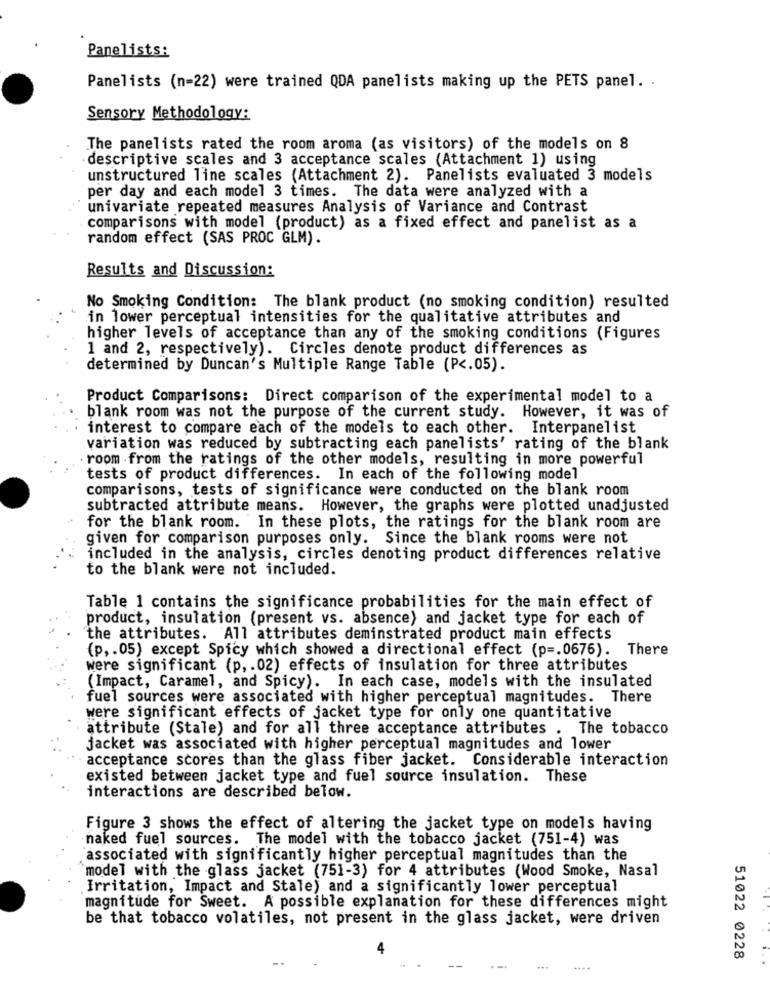
Panelists:
Panelists (n=22) were trained QDA panelists making up the PETS panel. .
Sensory Methodology:
The panelists rated the room aroma (as visitors) of the models on 8
descriptive scales and 3 acceptance scales (Attachment 1) using
unstructured line scales (Attachment 2). Panelists evaluated 3 models
per day and each model 3 times. The data were analyzed with a
univariate repeated measures Analysis of Variance and Contrast
comparisons with model (product) as a fixed effect and panelist as a
random effect (SAS PROC GLM).
Results and Discussion:
No Smoking Condition: The blank product (no smoking condition) resulted
in lower perceptual intensities for the qualitative attributes and
higher levels of acceptance than any of the smoking conditions (Figures
1 and 2, respectively). Circles denote product differences as
determined by Duncan's Multiple Range Table (P <. 05).
Product Comparisons: Direct comparison of the experimental model to a
blank room was not the purpose of the current study. However, it was of
interest to compare each of the models to each other. Interpanelist
variation was reduced by subtracting each panelists' rating of the blank
. room .from the ratings of the other models, resulting in more powerful
tests of product differences. In each of the following model
comparisons, tests of significance were conducted on the blank room
subtracted attribute means. However, the graphs were plotted unadjusted
for the blank room. In these plots, the ratings for the blank room are
given for comparison purposes only. Since the blank rooms were not
included in the analysis, circles denoting product differences relative
to the blank were not included.
Table 1 contains the significance probabilities for the main effect of
product, insulation (present vs. absence) and jacket type for each of
the attributes. All attributes deminstrated product main effects
(p, . 05) except Spicy which showed a directional effect (p =. 0676). There
were significant (p, . 02) effects of insulation for three attributes
(Impact, Caramel, and Spicy). In each case, models with the insulated
fuel sources were associated with higher perceptual magnitudes. There
were significant effects of jacket type for only one quantitative
attribute (Stale) and for all three acceptance attributes . The tobacco
jacket was associated with higher perceptual magnitudes and lower
acceptance scores than the glass fiber jacket. Considerable interaction
existed between jacket type and fuel source insulation. These
interactions are described below.
Figure 3 shows the effect of altering the jacket type on models having
naked fuel sources. The model with the tobacco jacket (751-4) was
associated with significantly higher perceptual magnitudes than the
model with the glass jacket (751-3) for 4 attributes (Wood Smoke, Nasal
Irritation, Impact and Stale) and a significantly lower perceptual
magnitude for Sweet. A possible explanation for these differences might
be that tobacco volatiles, not present in the glass jacket, were driven
51022 0228